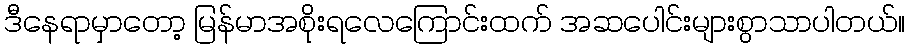
ဒီနေရာမှာတော့ မြန်မာအစိုးရလေကြောင်းထက် အဆပေါင်းများစွာသာပါတယ်။